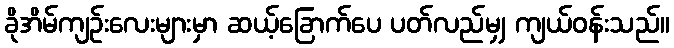
ခိုအိမ်ကျဉ်းလေးများမှာ ဆယ့်ခြောက်ပေ ပတ်လည်မျှ ကျယ်ဝန်းသည်။